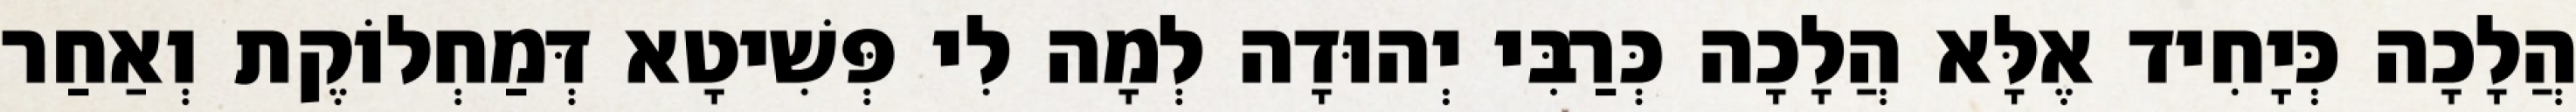
הֲלָכָה כְּיָחִיד אֶלָּא הֲלָכָה כְּרַבִּי יְהוּדָה לְמָה לִי פְּשִׁיטָא דְּמַחְלוֹקֶת וְאַחַר